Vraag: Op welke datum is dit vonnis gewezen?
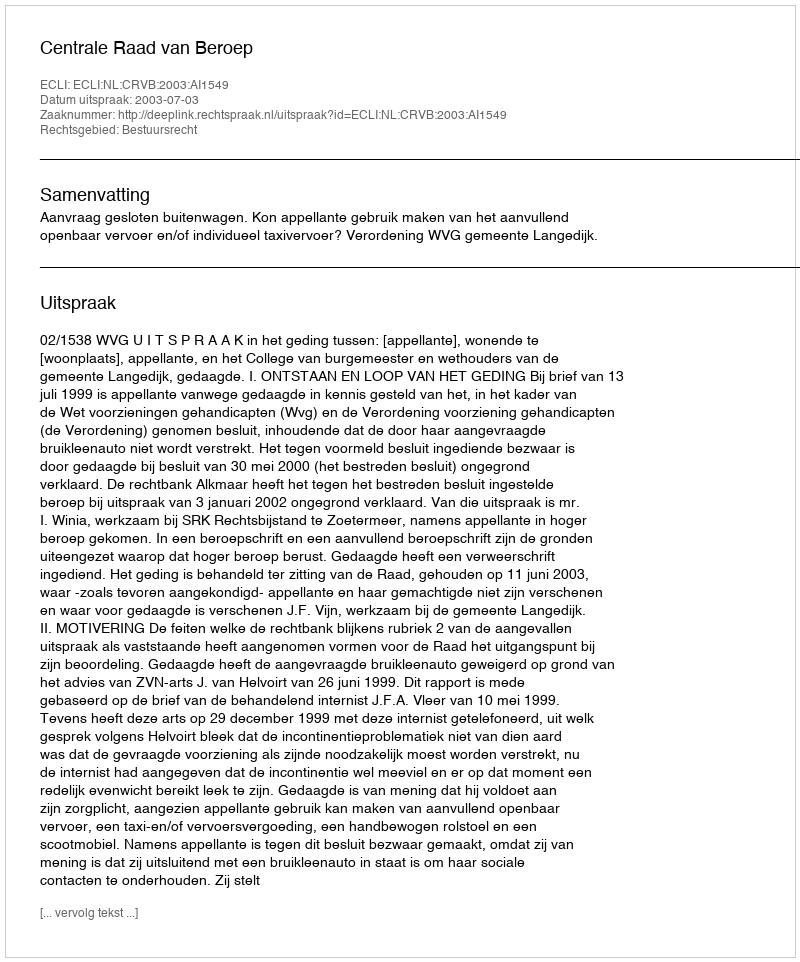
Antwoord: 2003-07-03